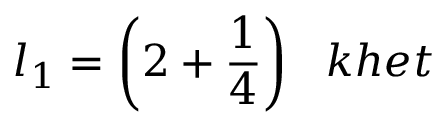
l _ { 1 } = { \bigg ( } 2 + { \frac { 1 } { 4 } } { \bigg ) } \; \; \; k h e t